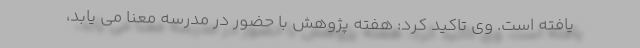
یافته است. وی تاکید کرد: هفته پژوهش با حضور در مدرسه معنا می یابد،